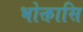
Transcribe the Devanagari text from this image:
भोक्तासि